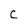
Character: C